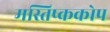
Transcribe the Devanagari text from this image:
मस्तिष्ककोप